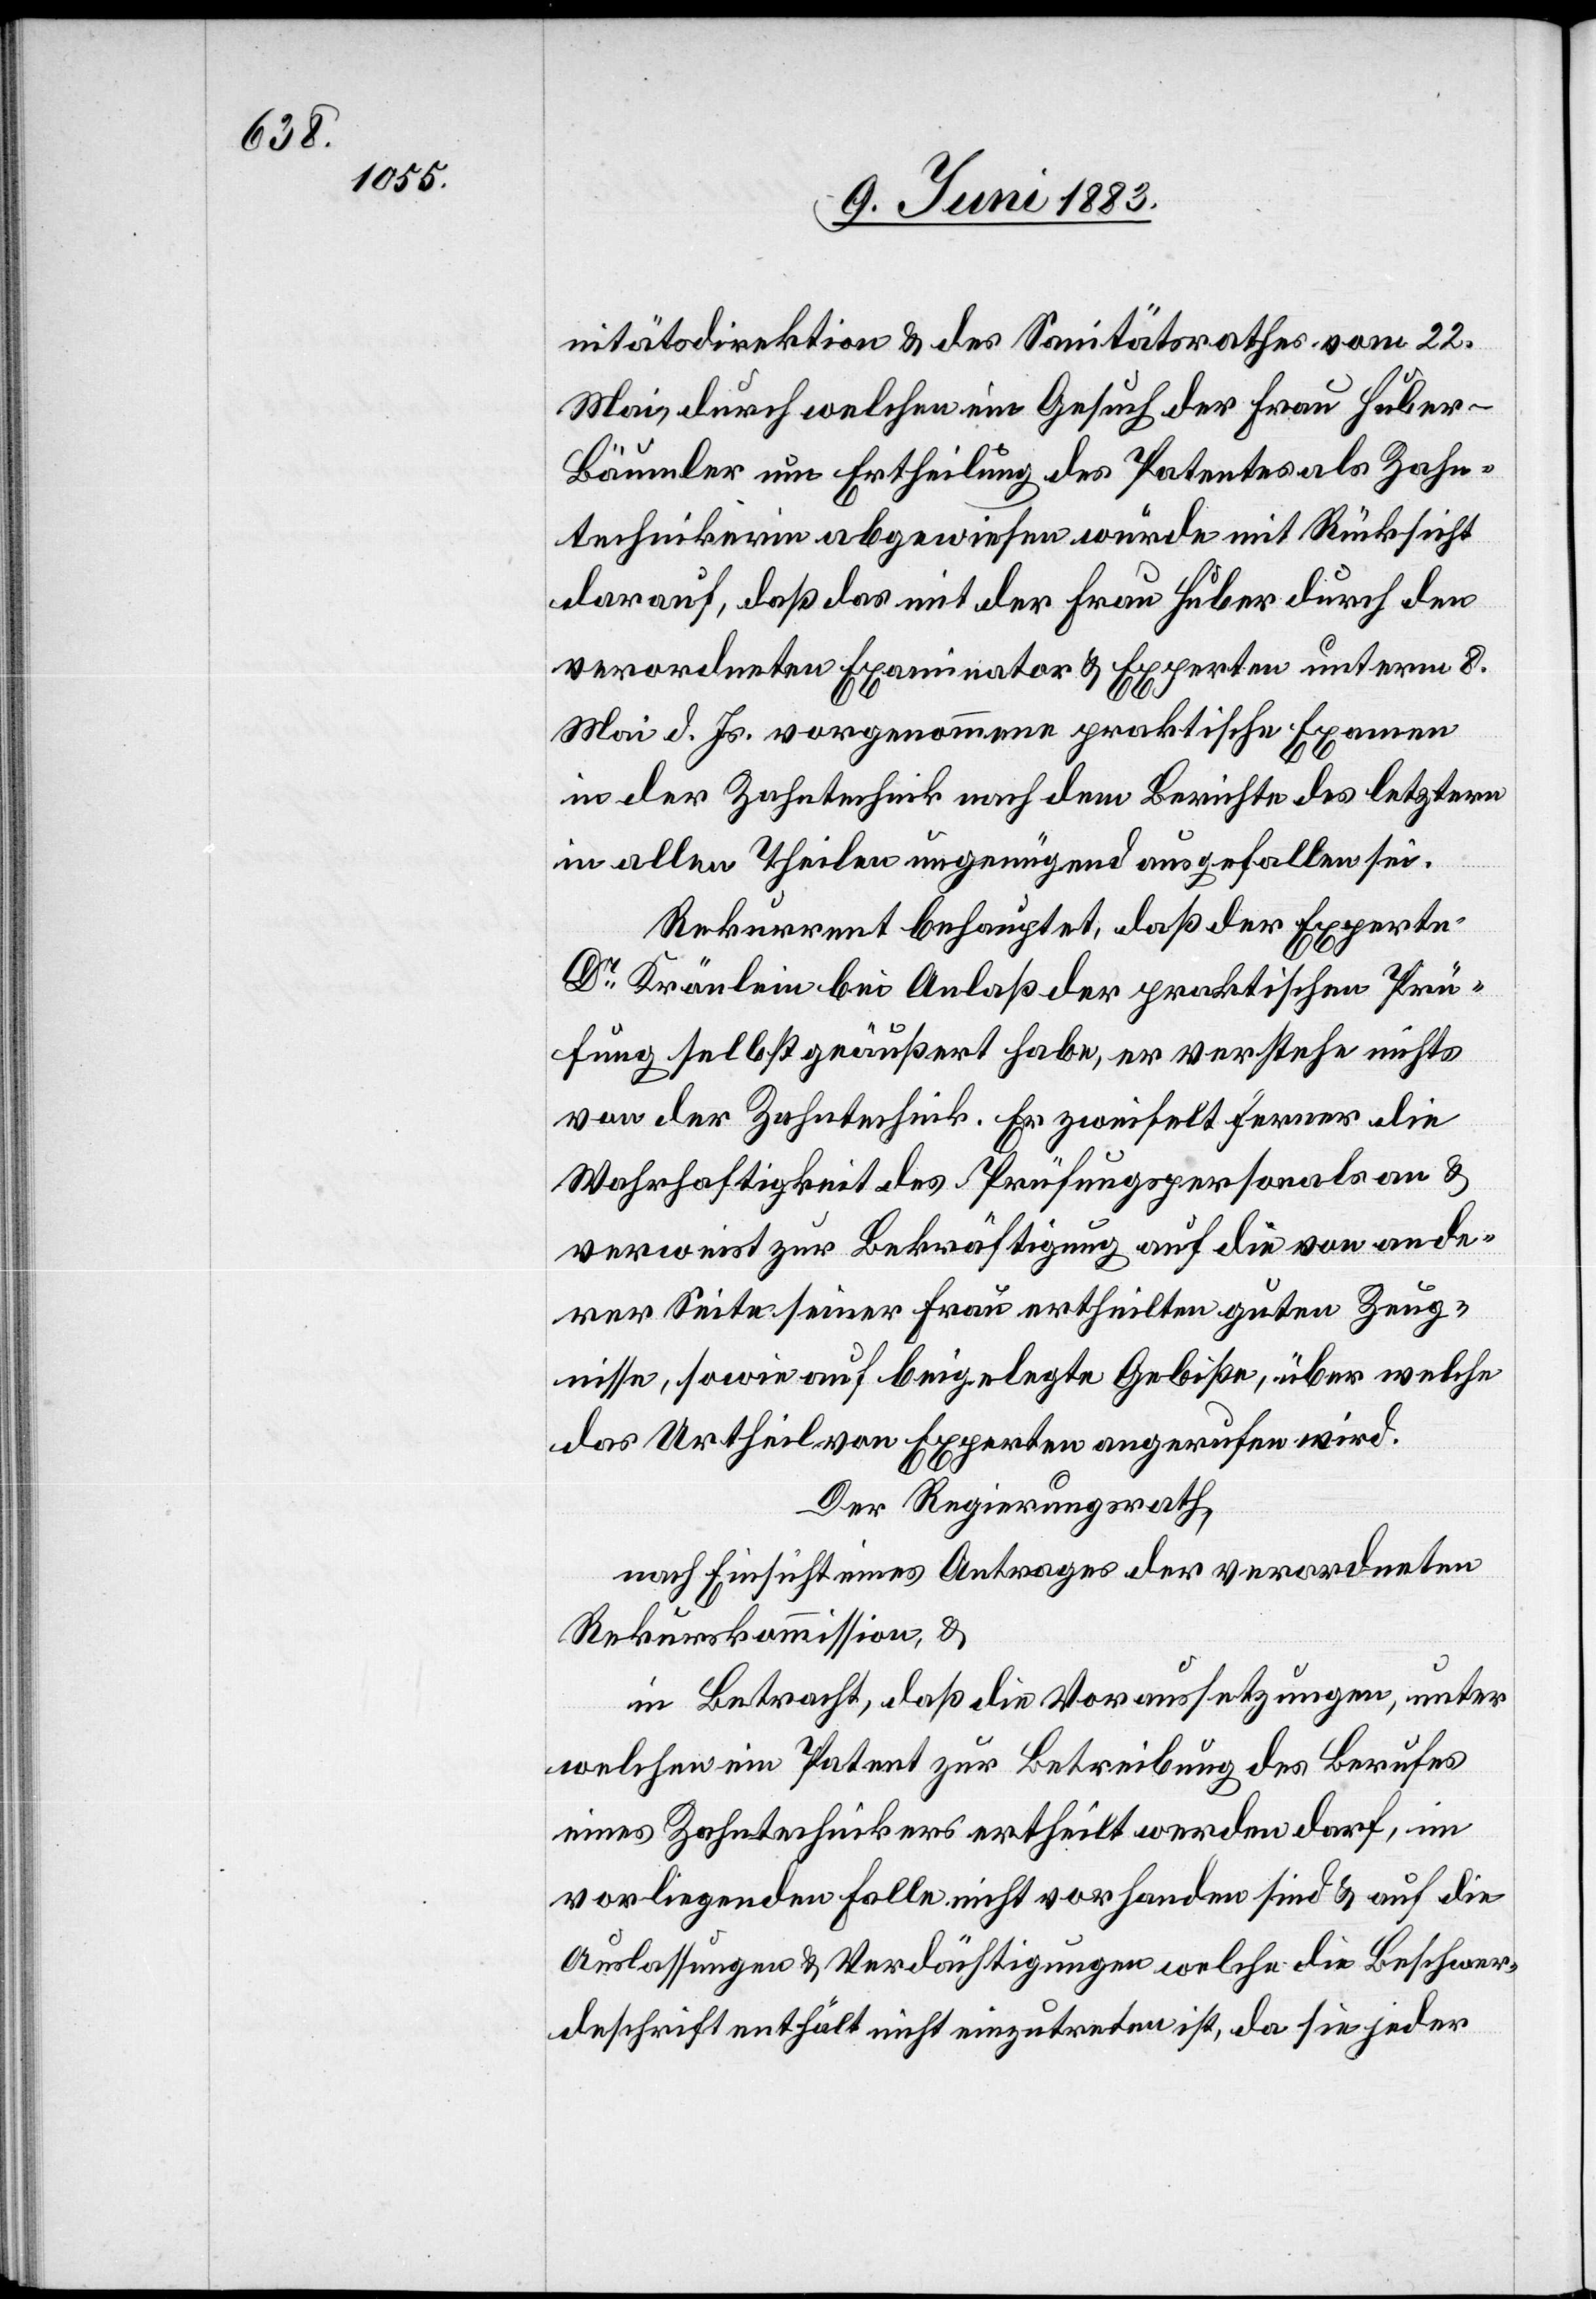
nitätsdirektion & des Sanitätsrathes vom 22.
Mai, durch welchen ein Gesuch der Frau Huber-B¬
äumler um Ertheilung des Patentes als Zahn¬
technikerin abgewiesen wurde mit Rücksicht
darauf, daß das mit der Frau Huber durch den
verordneten Examinator & Experten unterm 8.
Mai d. Js. vorgenommene praktische Examen
in der Zahntechnik nach dem Berichte des letztern
in allen Theilen ungenügend ausgefallen sei.
Rekurrent behauptet, daß der Experte
Dr Kränlein bei Anlaß der praktischen Prü¬
fung selbst geäußert habe, er verstehe nichts
von der Zahntechnik. Es zweifelt ferner die
Wahrhaftigkeit des Prüfungspersonals an &
verweist zur Bekräftigung auf die von ande¬
rer Seite seiner Frau ertheilten guten Zeug¬
nisse, sowie auf beigelegte Gebisse, über welche
das Urtheil von Experten angerufen wird.
Der Regierungsrath,
nach Einsicht eines Antrages der verordneten
Rekurskommission, &
in Betracht, daß die Voraussetzungen, unter
welchen ein Patent zur Betreibung des Berufes
eines Zahntechnikers ertheilt werden darf, im
vorliegenden Falle nicht vorhanden sind & auf die
Auslassungen & Verdächtigungen welche die Beschwer¬
deschrift enthält nicht einzutreten ist, da sie jeder